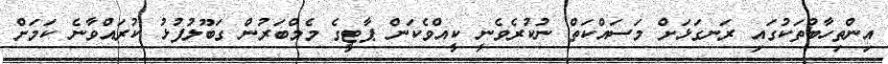
އިންތިހާބުތަކުގައި ރަނގަޅަށް މަސައްކަތް ނުކުރެވެނީ ކީއްވެކަން ޕާޓީގެ މެމްބަރުން ގަބޫލުފުޅު ކުރައްވާނެ ކަމަށް